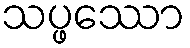
သပ္ဖဿော